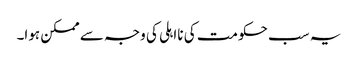
یہ سب حکومت کی نااہلی کی وجہ سے ممکن ہوا۔